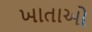
ખાતાઓ